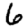
Digit: 6